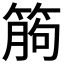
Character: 𥯷